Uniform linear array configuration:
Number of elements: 32
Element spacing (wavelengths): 0.75
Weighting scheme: binomial
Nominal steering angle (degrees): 0
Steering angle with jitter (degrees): -1.716
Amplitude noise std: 0.05
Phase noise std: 0.05

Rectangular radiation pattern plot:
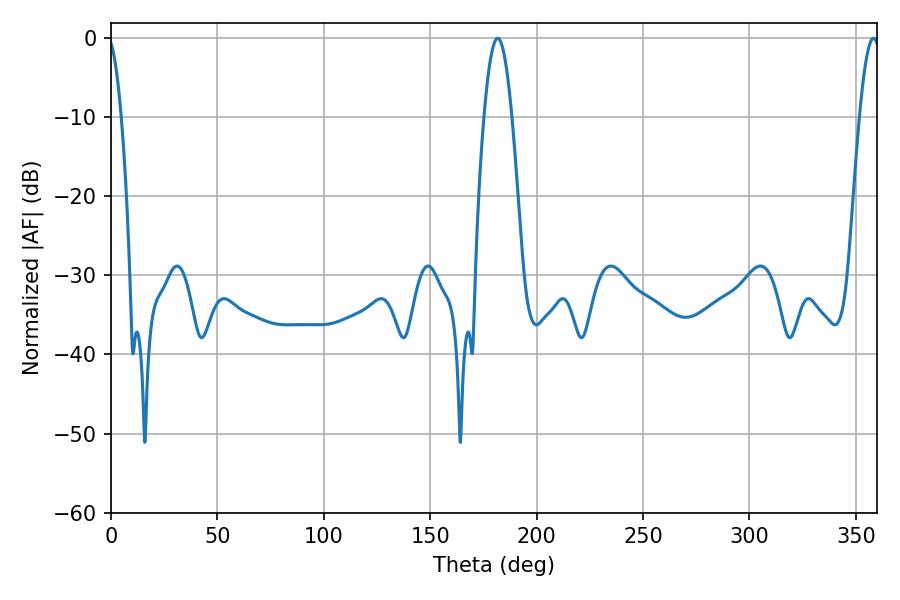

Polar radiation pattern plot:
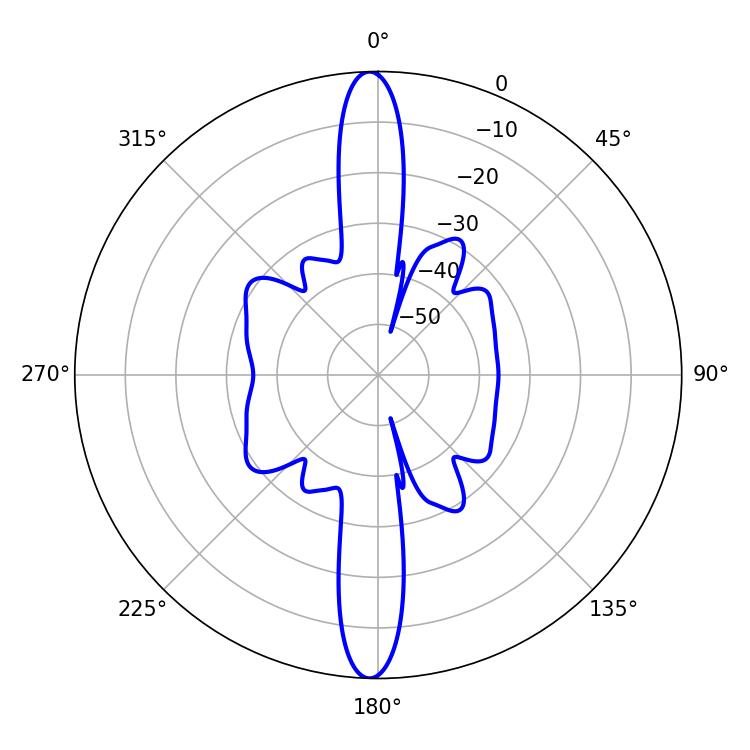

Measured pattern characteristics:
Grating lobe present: TRUE
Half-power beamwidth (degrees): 7.02
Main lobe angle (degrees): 181.62